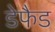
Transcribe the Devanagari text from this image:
डेफैड